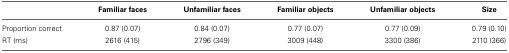
<table><thead><tr><td></td><td><b>Familiar faces</b></td><td><b>Unfamiliar faces</b></td><td><b>Familiar objects</b></td><td><b>Unfamiliar objects</b></td><td><b>Size</b></td></tr></thead><tbody><tr><td>Proportion correct</td><td>0.87 (0.07)</td><td>0.84 (0.07)</td><td>0.77 (0.07)</td><td>0.77 (0.09)</td><td>0.79 (0.10)</td></tr><tr><td>RT (ms)</td><td>2616 (415)</td><td>2796 (349)</td><td>3009 (448)</td><td>3300 (386)</td><td>2110 (366)</td></tr></tbody></table>